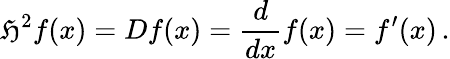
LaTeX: \mathfrak{H}^{2}f(x)=Df(x)={\frac{{d}}{{dx}}}f(x)=f^{\prime}(x)\, .